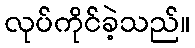
လုပ်ကိုင်ခဲ့သည်။